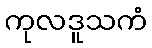
ကုလဒူသကံ